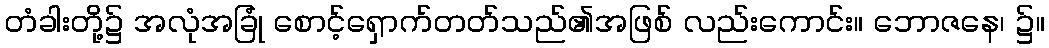
တံခါးတို့၌ အလုံအခြုံ စောင့်ရှောက်တတ်သည်၏အဖြစ် လည်းကောင်း။ ဘောဇနေ၊ ၌။